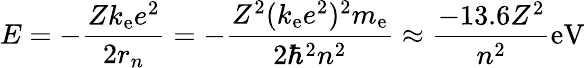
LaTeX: E=-{\frac{Zk_{\mathrm{e}}e^{2}}{2r_{n}}}=-{\frac{Z^{2}(k_{\mathrm{e}}e^{2})^{2}m_{\mathrm{e}}}{2\hbar^{2}n^{2}}}\approx{\frac{-13.6Z^{2}}{n^{2}}}\mathrm{eV}